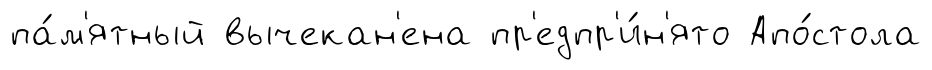
па́м'ятный вычекан'ена пр'едпр'и́н'ято Апо́стола